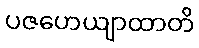
ပဇဟေယျာထာတိ